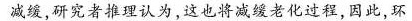
减缓，研究者推理认为，这也将减缓老化过程，因此，环